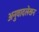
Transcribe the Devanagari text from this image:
अनुवादलेखन